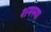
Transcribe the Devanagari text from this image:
शमस्या